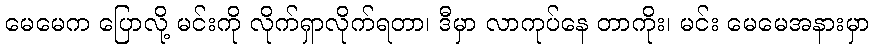
မေမေက ပြောလို့ မင်းကို လိုက်ရှာလိုက်ရတာ၊ ဒီမှာ လာကုပ်နေ တာကိုး၊ မင်း မေမေအနားမှာ